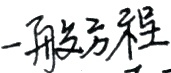
一般方程